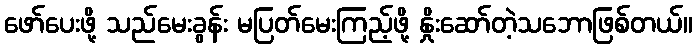
ဖော်ပေးဖို့ သည်မေးခွန်း မပြတ်မေးကြည့်ဖို့ နှိုးဆော်တဲ့သဘောဖြစ်တယ်။